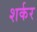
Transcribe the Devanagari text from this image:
शर्कर